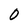
Character: 0